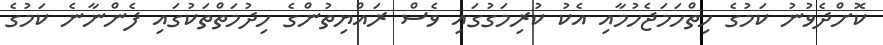
ކޮށްދެވުނު ކަމުގެ ހިތްހަމަޖެހުމާއި އެކު ކުރިމަގުގައި ވެސް ރައްޔިތުންގެ ހިދުމަތްތަކުގައި ފެންނާނެ ކަމުގެ